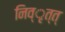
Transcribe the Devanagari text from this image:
निव्ृत्त्